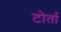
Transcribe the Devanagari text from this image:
टोर्ता